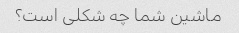
ماشین شما چه شکلی است؟